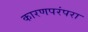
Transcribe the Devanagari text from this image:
कारणपरंपरा